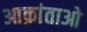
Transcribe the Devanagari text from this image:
आक्रांताओ